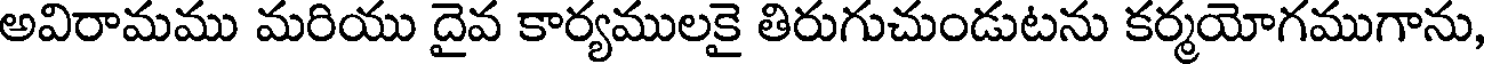
అవిరామము మరియు దైవ కార్యములకై తిరుగుచుండుటను కర్మయోగముగాను,